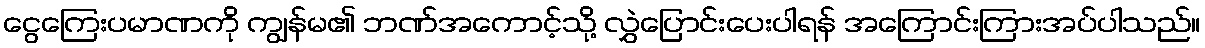
ငွေကြေးပမာဏကို ကျွန်မ၏ ဘဏ်အကောင့်သို့ လွှဲပြောင်းပေးပါရန် အကြောင်းကြားအပ်ပါသည်။